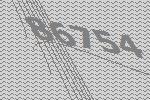
86754